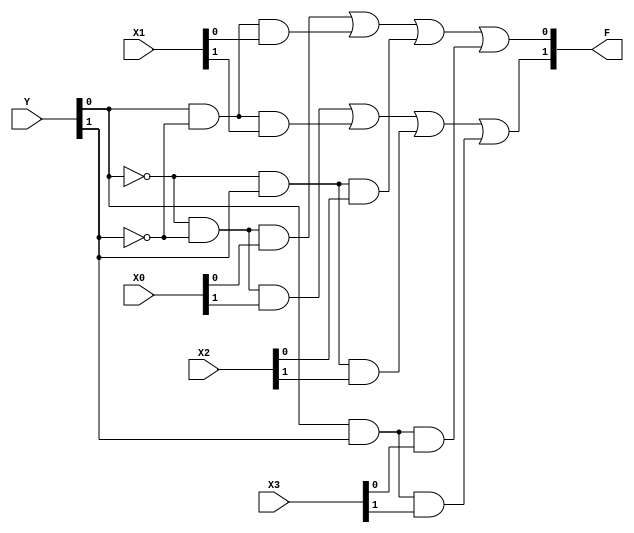
`timescale 1ns/10ps  ///

 module mux41(
	input [1:0] X0,
	input [1:0] X1,
	input [1:0] X2,
	input [1:0] X3,
	input [1:0] Y,
	output wire [1:0] F
	);

//add your code here

assign F[0]=(~Y[0]&~Y[1]&X0[0])|(Y[0]&~Y[1]&X1[0])|(~Y[0]&Y[1]&X2[0])|(Y[0]&Y[1]&X3[0]);
assign F[1]=(~Y[0]&~Y[1]&X0[1])|(Y[0]&~Y[1]&X1[1])|(~Y[0]&Y[1]&X2[1])|(Y[0]&Y[1]&X3[1]);

endmodule

// testbench
module mux41_tb;

reg [1:0] X0;
reg [1:0] X1;
reg [1:0] X2;
reg [1:0] X3;
reg [1:0] Y;
wire [1:0] F;

mux41 mux41(
   .X0(X0),
	.X1(X1),
	.X2(X2),
	.X3(X3),
	.Y(Y),
	.F(F)
);

initial begin

    X0=0; X1=1; X2=2; X3=3; Y=0;
#10 X0=0; X1=1; X2=2; X3=3; Y=1;
#10 X0=0; X1=1; X2=2; X3=3; Y=2;
#10 X0=0; X1=1; X2=2; X3=3; Y=3;
#10 X0=0; X1=1; X2=2; X3=0; Y=3;
#10 X0=0; X1=1; X2=3; X3=0; Y=2;   

end

endmodule